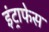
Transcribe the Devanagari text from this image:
इंट्राफेस